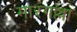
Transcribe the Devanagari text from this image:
मारगल्ला